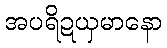
အပရိဍယှမာနော